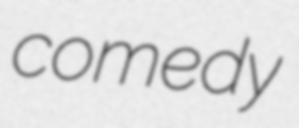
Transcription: comedy